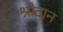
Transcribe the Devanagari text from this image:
श्रीदान